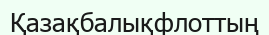
Қазақбалықфлоттың